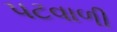
પટવાળી